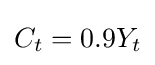
C_{t}=0.9Y_{t}